Indian journal of veterinary science and animal husbandry - Volume 4,
Year: 1934
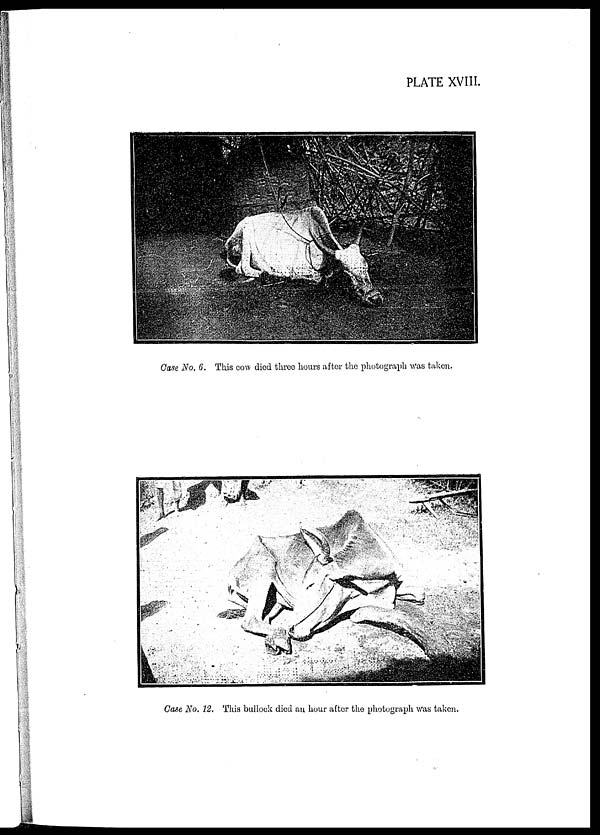
PLATE XVIII.
Case No. 6. This cow died three hours after the photograph was taken.
Case No. 12. This bullock died an hour after the photograph Was taken.